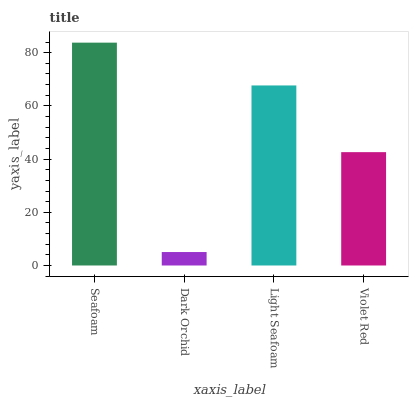
| xaxis_label | bars |
 | --- | --- |
 | Seafoam | 83.8 |
 | Dark Orchid | 5.06 |
 | Light Seafoam | 67.7 |
 | Violet Red | 42.6 |